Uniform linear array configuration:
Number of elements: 24
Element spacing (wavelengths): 0.75
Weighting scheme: cosine
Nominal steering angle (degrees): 45
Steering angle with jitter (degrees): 44.128
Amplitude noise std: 0.05
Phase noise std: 0.05

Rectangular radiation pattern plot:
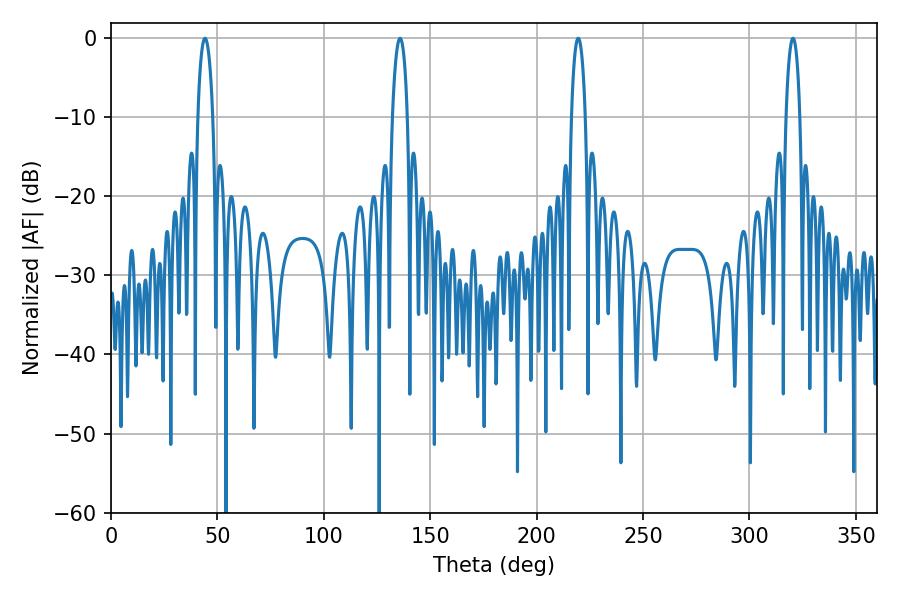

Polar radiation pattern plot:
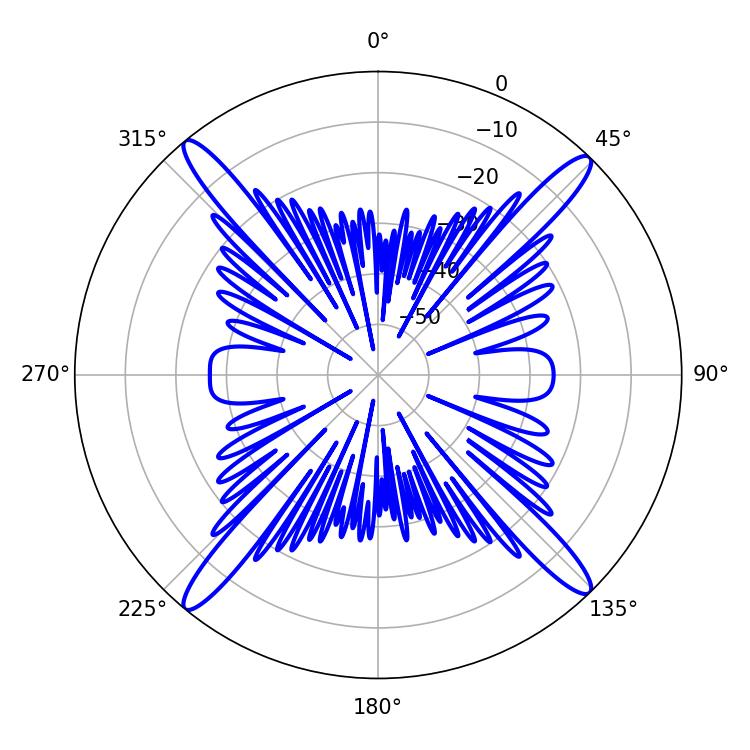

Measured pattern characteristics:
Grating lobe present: TRUE
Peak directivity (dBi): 20.848
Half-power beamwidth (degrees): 3.96
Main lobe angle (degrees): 44.1